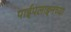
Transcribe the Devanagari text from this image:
पाईपलाइनच्या